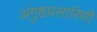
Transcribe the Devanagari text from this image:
अंगुष्ठप्रसारिणी